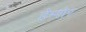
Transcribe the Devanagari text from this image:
हेम्शेर